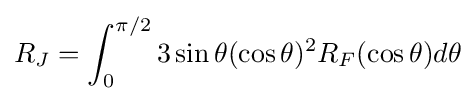
R_{J}=\int _{0}^{\pi /2}3\sin \theta (\cos \theta )^{2}R_{F}(\cos \theta )d\theta